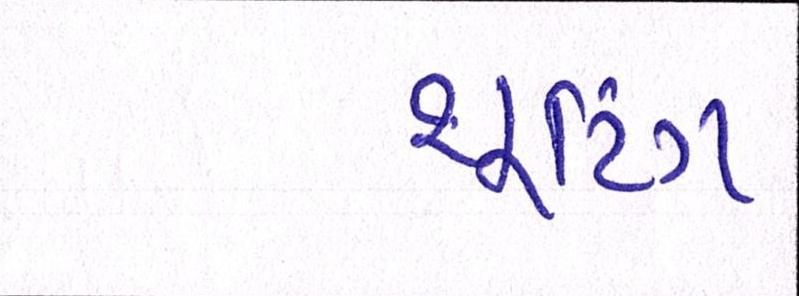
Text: શૂટિંગ